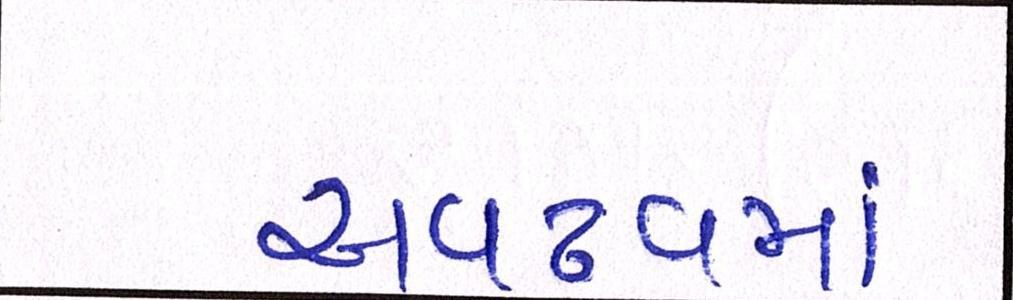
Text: અવઢવમાં